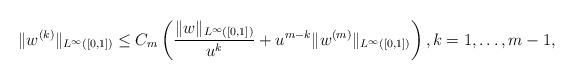
LaTeX: \begin{align*}\|w^{(k)}\|_{L^{\infty}([0,1])} \leq C_m \left( \frac{\|w\|_{L^{\infty}([0,1])}}{u^k} + u^{m-k} \|w^{(m)}\|_{L^{\infty}([0,1])} \right), k=1, \dots, m-1,\end{align*}